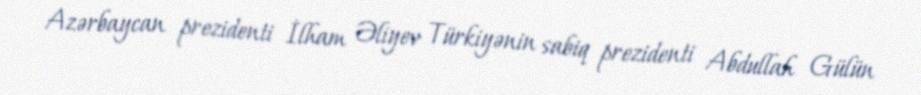
Azərbaycan prezidenti İlham Əliyev Türkiyənin sabiq prezidenti Abdullah Gülün